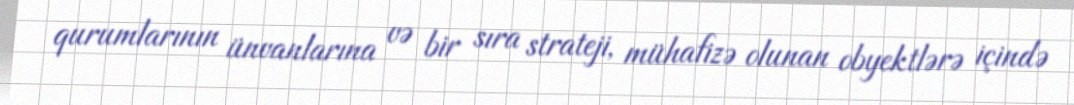
qurumlarının ünvanlarına və bir sıra strateji, mühafizə olunan obyektlərə içində